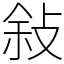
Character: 敍